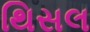
થિસલ